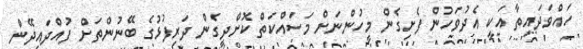
ހައްވަދައިތާ އަކީ އެދުވަހުން ފެށިގެން މީހުންނަށް މަސައްކަތް ކޮށްދީގެން ދަރިފުޅުގެ ބޭނުންތަށް ފުއްްދައިދޭން